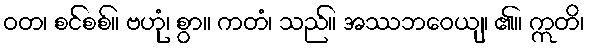
ဝတ၊ စင်စစ်။ ဗဟုံ၊ စွာ။ ကတံ၊ သည်။ အဿဘဝေယျ၊ ၏။ ဣတိ၊